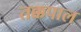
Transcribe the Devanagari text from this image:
तक्कपाल